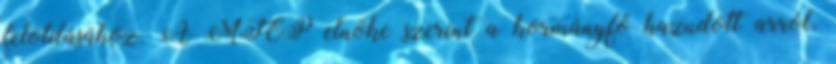
feloldásához. A MIÉP elnöke szerint a kormányfő hazudott arról,